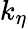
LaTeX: k_{\eta}